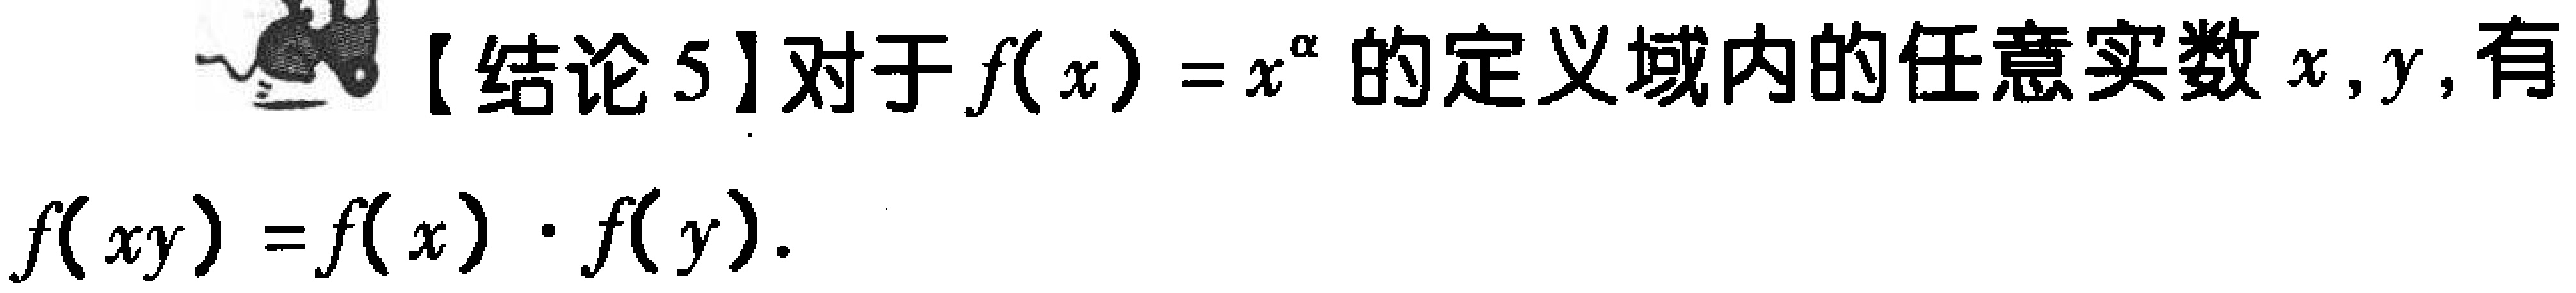
【结论 5】对于\(f(x)=x^{\alpha}\)的定义域内的任意实数\(x,y\)，有

\(f(xy)=f(x)\cdot f(y)\)。